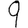
Digit: 9